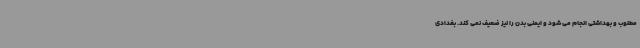
مطلوب و بهداشتی انجام می شود و ایمنی بدن را نیز ضعیف نمی کند. بغدادی